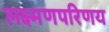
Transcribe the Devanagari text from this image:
लक्ष्मणपरिणय